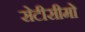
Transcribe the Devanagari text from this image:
सेटीसीमो